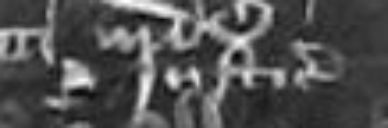
Justiciarii